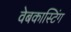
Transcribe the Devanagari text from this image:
वेबकास्टिंग